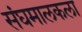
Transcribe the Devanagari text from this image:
संघमालकला